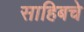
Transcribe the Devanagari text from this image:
साहिबचे